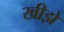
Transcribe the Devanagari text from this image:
खीझे